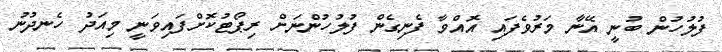
ފުލުހުން ބުނީ އޭނާ މަރުވެފައި އޮއްވާ ފެނިގެން ފުލުހުންނަށް ރިޕޯޓުކޮށްފައިވަނީ މިއަދު ހެނދުނު